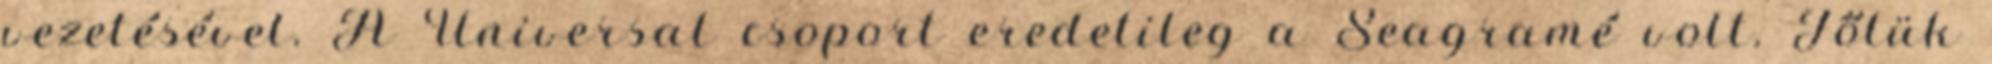
vezetésével. A Universal csoport eredetileg a Seagramé volt. Tőlük